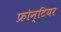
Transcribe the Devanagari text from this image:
फ्रोन्टियर